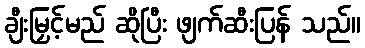
ချီးမြှင့်မည် ဆိုပြီး ဖျက်ဆီးပြန် သည်။